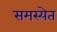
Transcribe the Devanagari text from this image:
समस्येत